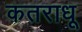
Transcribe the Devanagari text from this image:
कतराधू